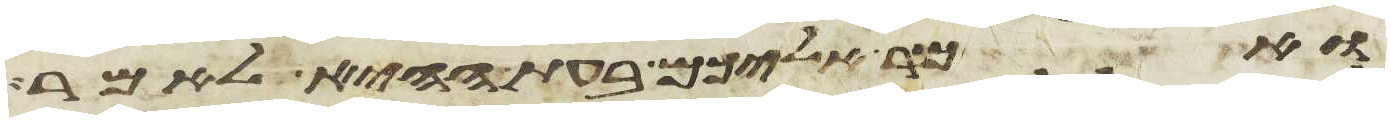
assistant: ואמר אליכם בעת ההיא לאמר